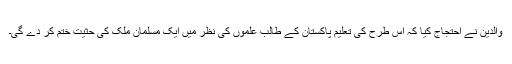
والدین نے احتجاج کیا کہ اس طرح کی تعلیم پاکستان کے طالبِ علموں کی نظر میں ایک مسلمان ملک کی حثیت ختم کر دے گی۔